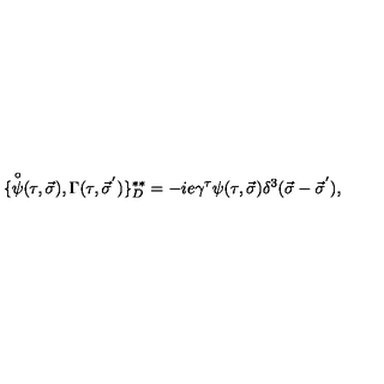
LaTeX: \{ { \frac { \buildrel \circ } { \psi } } ( \tau , \vec { \sigma } ) , \Gamma ( \tau , { \vec { \sigma } } ^ { ' } ) \} _ { D } ^ { * * } = - i e \gamma ^ { \tau } \psi ( \tau , \vec { \sigma } ) \delta ^ { 3 } ( \vec { \sigma } - { \vec { \sigma } } ^ { ' } ) ,